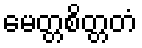
မေတ္တစိတ္တတံ